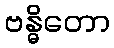
ဗန္ဓိတော